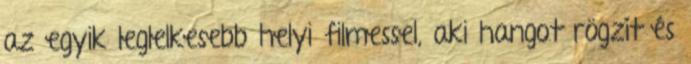
az egyik leglelkesebb helyi filmessel, aki hangot rögzít és